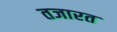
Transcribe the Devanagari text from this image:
तजारत